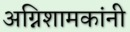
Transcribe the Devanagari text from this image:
अग्निशामकांनी